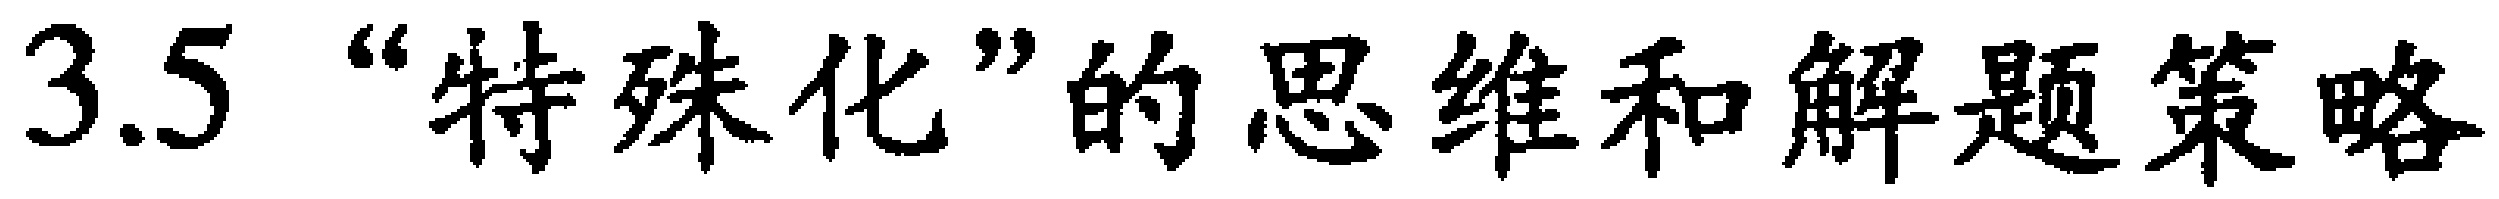
3.5 “特殊化”的思维和解题策略